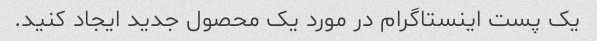
یک پست اینستاگرام در مورد یک محصول جدید ایجاد کنید.